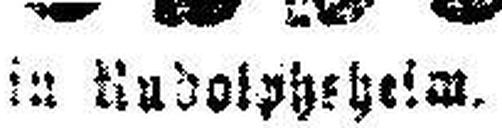
in Nudolp###eheim.